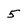
Character: 5